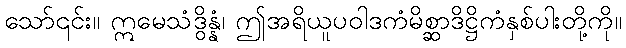
သော်၎င်း။ ဣမေသံဒွိန္နံ၊ ဤအရိယူပဝါဒကံမိစ္ဆာဒိဋ္ဌိကံနှစ်ပါးတို့ကို။